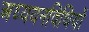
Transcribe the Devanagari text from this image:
अध्ययनविधियों